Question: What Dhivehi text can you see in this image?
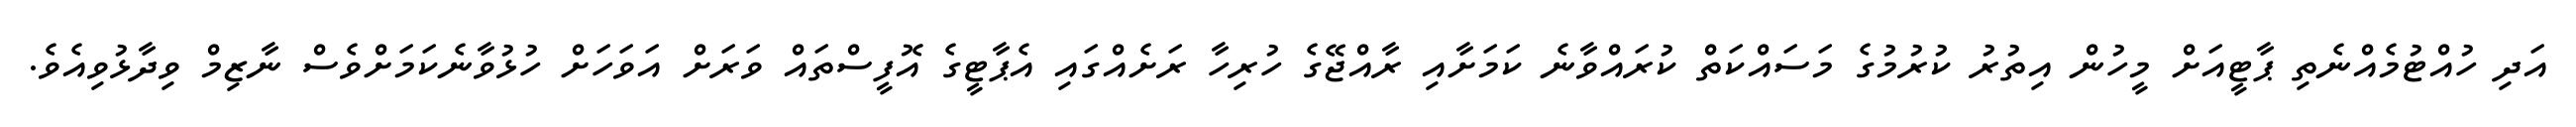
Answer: އަދި ހުއްޓުމެއްނެތި ޕާޓީއަށް މީހުން އިތުރު ކުރުމުގެ މަސައްކަތް ކުރައްވާނެ ކަމަށާއި ރާއްޖޭގެ ހުރިހާ ރަށެއްގައި އެޕާޓީގެ އޮފީސްތައް ވަރަށް އަވަހަށް ހުޅުވާނެކަމަށްވެސް ނާޒިމް ވިދާޅުވިއެވެ.